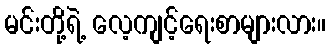
မင်းတို့ရဲ့ လေ့ကျင့်ရေးစာများလား။